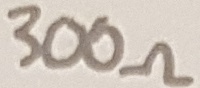
Text: 300Ω